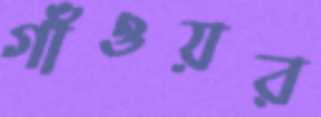
গাঁওয়র